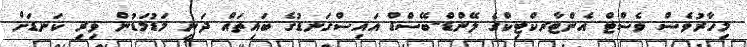
މިހާރުވެސް ވެސްޓް އެންޓާރކްޓިކްގެ ލޭންޑް-ބޭސްޑް އައިސްގަނޑުގެ ބައިތައް ދަނީ މަޑުމަޑުން ވިރި ކަނޑަށް